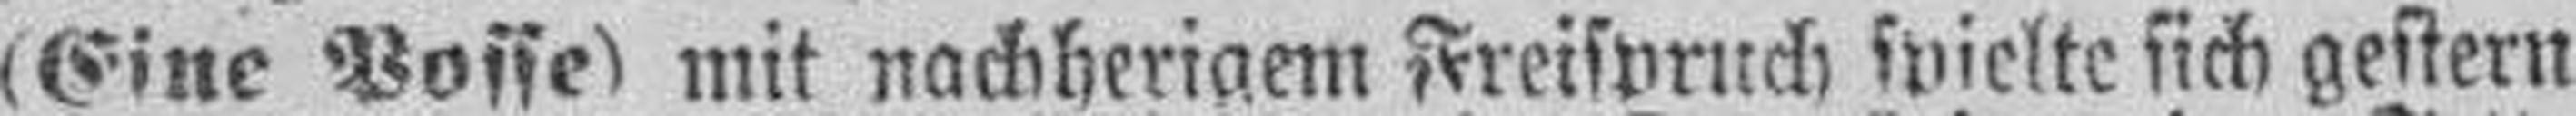
(Eine Posse) mit nachherigem Freispruch spielte sich gestern